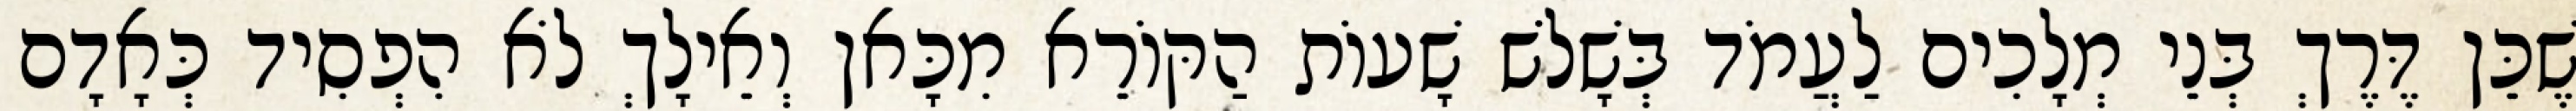
שֶׁכֵּן דֶּרֶךְ בְּנֵי מְלָכִים לַעֲמֹד בְּשָׁלֹשׁ שָׁעוֹת הַקּוֹרֵא מִכָּאן וְאֵילָךְ לֹא הִפְסִיד כְּאָדָם